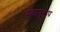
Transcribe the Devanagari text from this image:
देवानुरूप